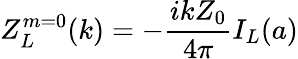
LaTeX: Z_{L}^{m=0}(k)=-\frac{ikZ_{0}}{4\pi}I_{L}(a)